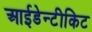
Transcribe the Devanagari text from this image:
आईडेन्टीकिट